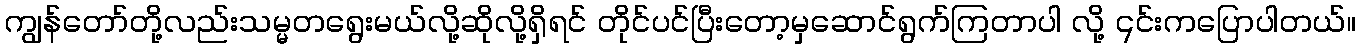
ကျွန်တော်တို့လည်းသမ္မတရွေးမယ်လို့ဆိုလို့ရှိရင် တိုင်ပင်ပြီးတော့မှဆောင်ရွက်ကြတာပါ လို့ ၎င်းကပြောပါတယ်။